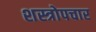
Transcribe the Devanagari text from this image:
शस्त्रोपचार